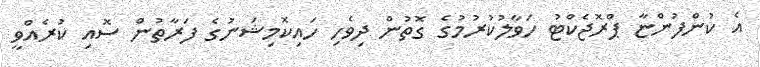
އެ ކުންފުންޏާ ޕްރޮޖެކްޓު ހަވާލުކުރުމުގެ ގޮތުން ދިވެހި ހައިކޮމިޝަނުގެ ފަރާތުން ސޮއި ކުރެއްވީ